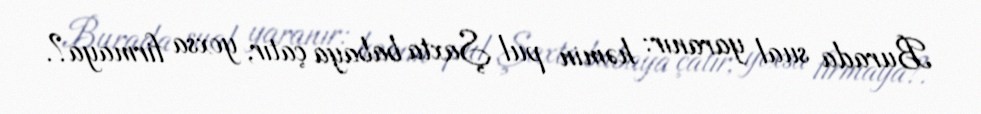
Burada sual yaranır: həmin pul Şaxta babaya çatır, yoxsa firmaya?.